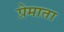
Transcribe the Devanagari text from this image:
प्रेमाता